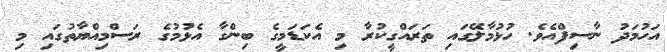
އަހުމަދު ނާސިފްއެވެ. ހުޅުމާލޭގައި ތަރައްގީކުރާ މި އެކަޑަމީގެ ބިންގާ އެޅުމުގެ ރަސްމިއްޔާތުގައި މި